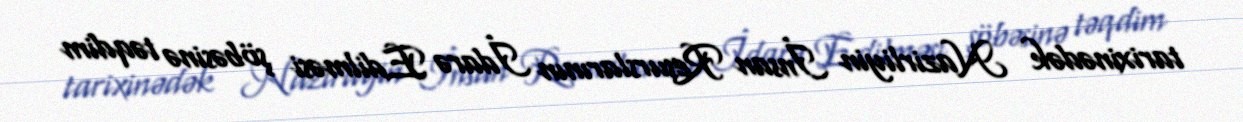
tarixinədək Nazirliyin İnsan Resurslarının İdarə Edilməsi şöbəsinə təqdim